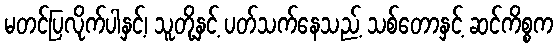
မတင်ပြလိုက်ပါနှင့်၊ သူတို့နှင့် ပတ်သက်နေသည့် သစ်တောနှင့် ဆင်ကိစ္စက